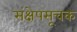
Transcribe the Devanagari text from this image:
संक्षेपसूचक